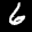
Label: 6